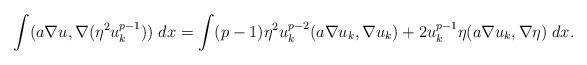
LaTeX: \begin{align*} \int (a\nabla u,\nabla (\eta^2 u_k^{p-1}))\;dx = \int (p-1) \eta^2 u_k^{p-2}(a\nabla u_k,\nabla u_k)+2 u_k^{p-1}\eta(a\nabla u_k,\nabla \eta)\;dx. \end{align*}